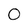
Character: 0